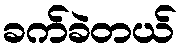
ခက်ခဲတယ်